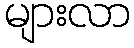
များလာ